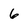
Character: 6